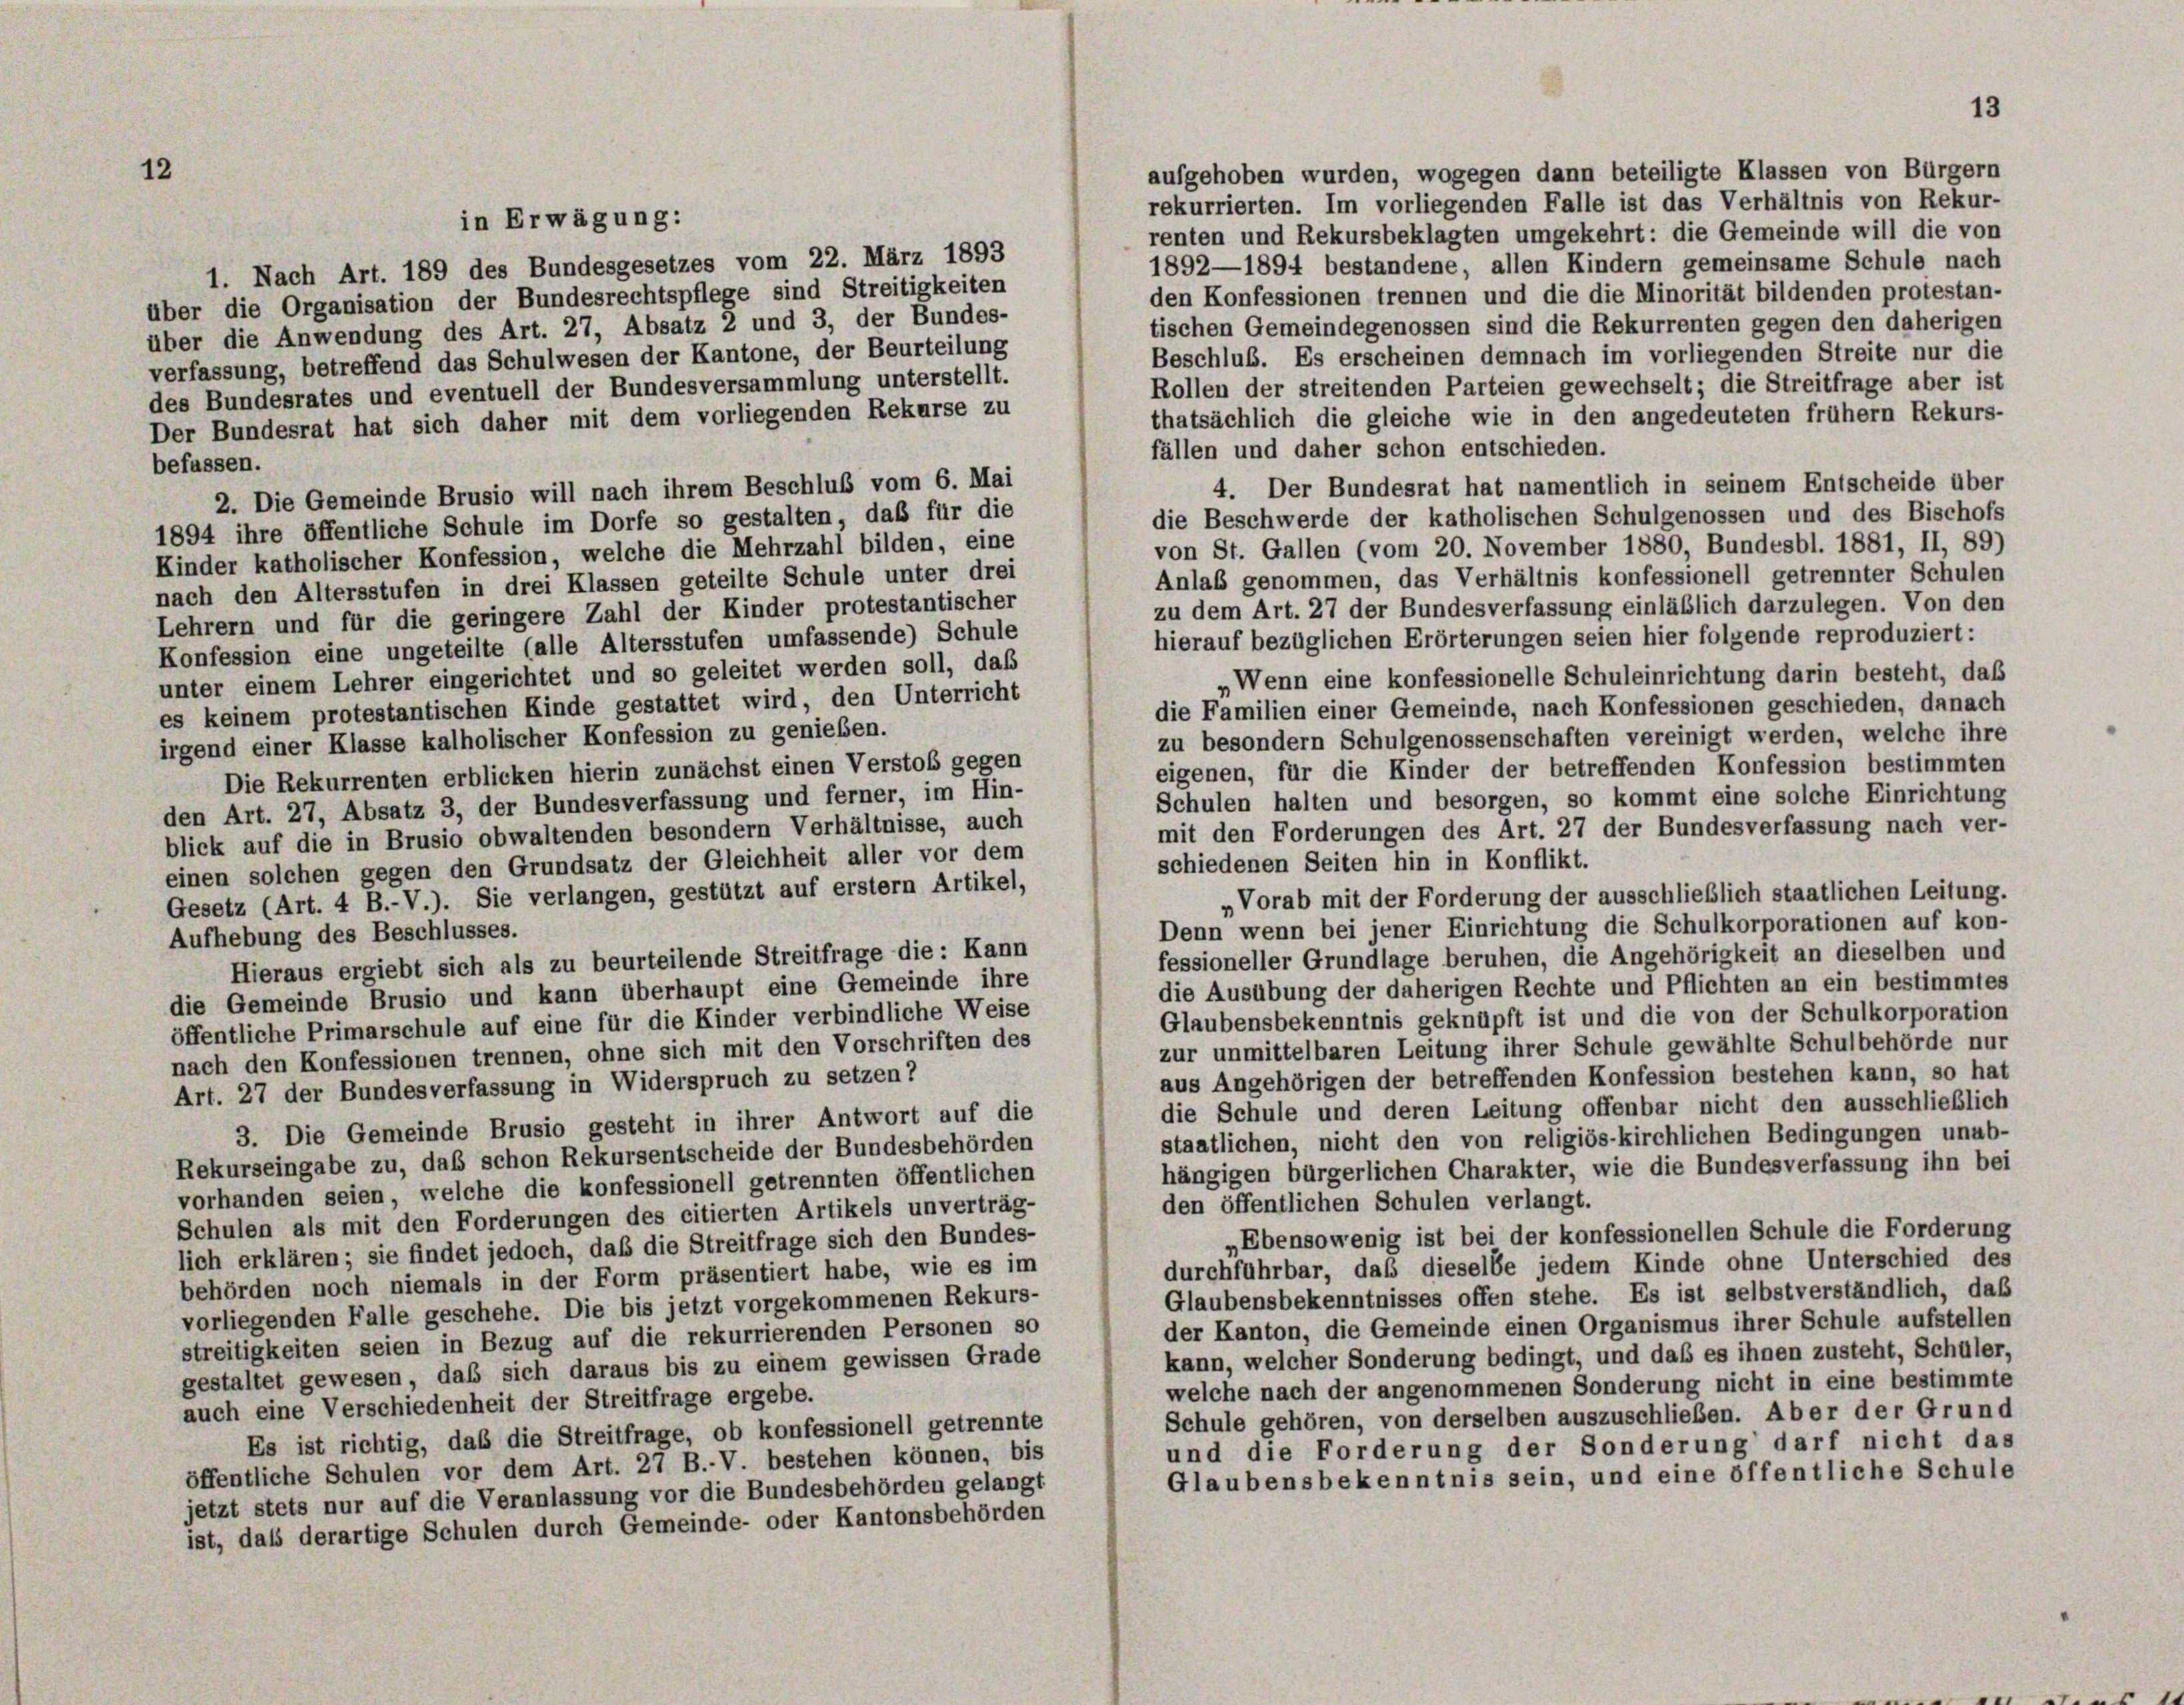
aufgehoben wurden, wogegen dann beteiligte Klassen von Bürgern
rekurrierten. Im vorliegenden Falle ist das Verhältnis von Rekur-
renten und Rekursbeklagten umgekehrt: die Gemeinde will die von
1892—1894 bestandene, allen Kindern gemeinsame Schule nach
1. Nach Art. 189 des Bundesgesetzes vom 22. März 1893
den Konfessionen trennen und die die Minorität bildenden protestan-
über die Organisation der Bundesrechtspflege sind Streitigkeiten
tischen Gemeindegenossen sind die Rekurrenten gegen den daherigen
über die Anwendung des Art. 27, Absatz 2 und 3, der Bundes-
Beschluß. Es erscheinen demnach im vorliegenden Streite nur die
verfassung, betreffend das Schulwesen der Kantone, der Beurteilung
Rollen der streitenden Parteien gewechselt; die Streitfrage aber ist
des Bundesrates und eventuell der Bundesversammlung unterstellt.
thatsächlich die gleiche wie in den angedeuteten frühem Rekurs-
Der Bundesrat hat sich daher mit dem vorliegenden Rekurse zu
fällen und daher schon entschieden.
befassen.
4. Der Bundesrat hat namentlich in seinem Entscheide über
2. Die Gemeinde Brusio will nach ihrem Beschluß vom 6. Mai
die Beschwerde der katholischen Schulgenossen und des Bischofs
1894 ihre öffentliche Schule im Dorfe so gestalten, daß für die
von St. Gallen (vom 20. November 1880, Bundesbl. 1881, II, 89)
Kinder katholischer Konfession, welche die Mehrzahl bilden, eine
Anlaß genommen, das Verhältnis konfessionell getrennter Schulen
nach den Altersstufen in drei Klassen geteilte Schule unter drei
zu dem Art. 27 der Bundesverfassung einläblich darzulegen. Von den
Lehrern und für die geringere Zahl der Kinder protestantischer
hierauf bezüglichen Erörterungen seien hier folgende reproduziert:
Konfession eine ungeteilte (alle Altersstufen umfassende) Schule
unter einem Lehrer eingerichtet und so geleitet werden soll, daß
„Wenn eine konfessionelle Schuleinrichtung darin besteht, daß
es keinem protestantischen Kinde gestattet wird, den Unterricht
die Familien einer Gemeinde, nach Konfessionen geschieden, danach
zu besondern Schulgenossenschaften vereinigt werden, welche ihre
irgend einer Klasse kalholischer Konfession zu genießen.
eigenen, für die Kinder der betreffenden Konfession bestimmten
Die Rekurrenten erblicken hierin zunächst einen Verstoß gegen
Schulen halten und besorgen, so kommt eine solche Einrichtung
den Art. 27, Absatz 3, der Bundesverfassung und ferner, im Hin-
mit den Forderungen des Art. 27 der Bundesverfassung nach ver-
blick auf die in Brusio obwaltenden besondern Verhältnisse, auch
schiedenen Seiten hin in Konflikt.
einen solchen gegen den Grundsatz der Gleichheit aller vor dem
Gesetz (Art. 4 B.-V.). Sie verlangen, gestützt auf erstem Artikel,
„Vorab mit der Forderung der ausschließlich staatlichen Leitung.
Denn wenn bei jener Einrichtung die Schulkorporationen auf kon-
Aufhebung des Beschlusses.
fessioneller Grundlage beruhen, die Angehörigkeit an dieselben und
Hieraus ergiebt sich als zu beurteilende Streitfrage die: Kann
die Ausübung der daherigen Rechte und Pflichten an ein bestimmtes
die Gemeinde Brusio und kann überhaupt eine Gemeinde ihre
Glaubensbekenntnis geknüpft ist und die von der Schulkorporation
öffentliche Primarschule auf eine für die Kinder verbindliche Weise
zur unmittelbaren Leitung ihrer Schule gewählte Schulbehörde nur
nach den Konfessionen trennen, ohne sich mit den Vorschriften des
aus Angehörigen der betreffenden Konfession bestehen kann, so hat
Art. 27 der Bundesverfassung in Widerspruch zu setzen?
die Schule und deren Leitung offenbar nicht den ausschließlich
3. Die Gemeinde Brusio gesteht in ihrer Antwort auf die
staatlichen, nicht den von religiös-kirchlichen Bedingungen unab-
Rekurseingabe zu, daß schon Rekursentscheide der Bundesbehörden
hängigen bürgerlichen Charakter, wie die Bundesverfassung ihn bei
vorhanden seien, welche die konfessionell getrennten öffentlichen
den öffentlichen Schulen verlangt.
Schulen als mit den Forderungen des citierten Artikels unverträg-
„Ebensowenig ist bei der konfessionellen Schule die Forderung
lich erklären; sie findet jedoch, daß die Streitfrage sich den Bundes-
durchführbar, daß dieselbe jedem Kinde ohne Unterschied des
behörden noch niemals in der Form präsentiert habe, wie es im
Glaubensbekenntnisses offen stehe. Es ist selbstverständlich, daß
vorliegenden Falle geschehe. Die bis jetzt vorgekommenen Rekurs-
der Kanton, die Gemeinde einen Organismus ihrer Schule aufstellen
streitigkeiten seien in Bezug auf die rekurrierenden Personen so
kann, welcher Sonderung bedingt, und daß es ihnen zusteht, Schüler,
gestaltet gewesen, das sich daraus bis zu einem gewissen Grade
welche nach der angenommenen Sonderung nicht in eine bestimmte
auch eine Verschiedenheit der Streitfrage ergebe.
Schule gehören, von derselben auszuschließen. Aber der Grund
Es ist richtig, daß die Streitfrage, ob konfessionell getrennte
und die Forderung der Sonderung darf nicht das
öffentliche Schulen vor dem Art. 27 B.-V. bestehen können, bis
Glaubensbekenntnis sein, und eine öffentliche Schule
jetzt stets nur auf die Veranlassung vor die Bundesbehörden gelangt
ist, dass derartige Schulen durch Gemeinde- oder Kantonsbehörden

12

in Erwägung:

13